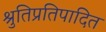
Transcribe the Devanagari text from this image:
श्रुतिप्रतिपादित